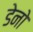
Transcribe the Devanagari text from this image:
डेनो